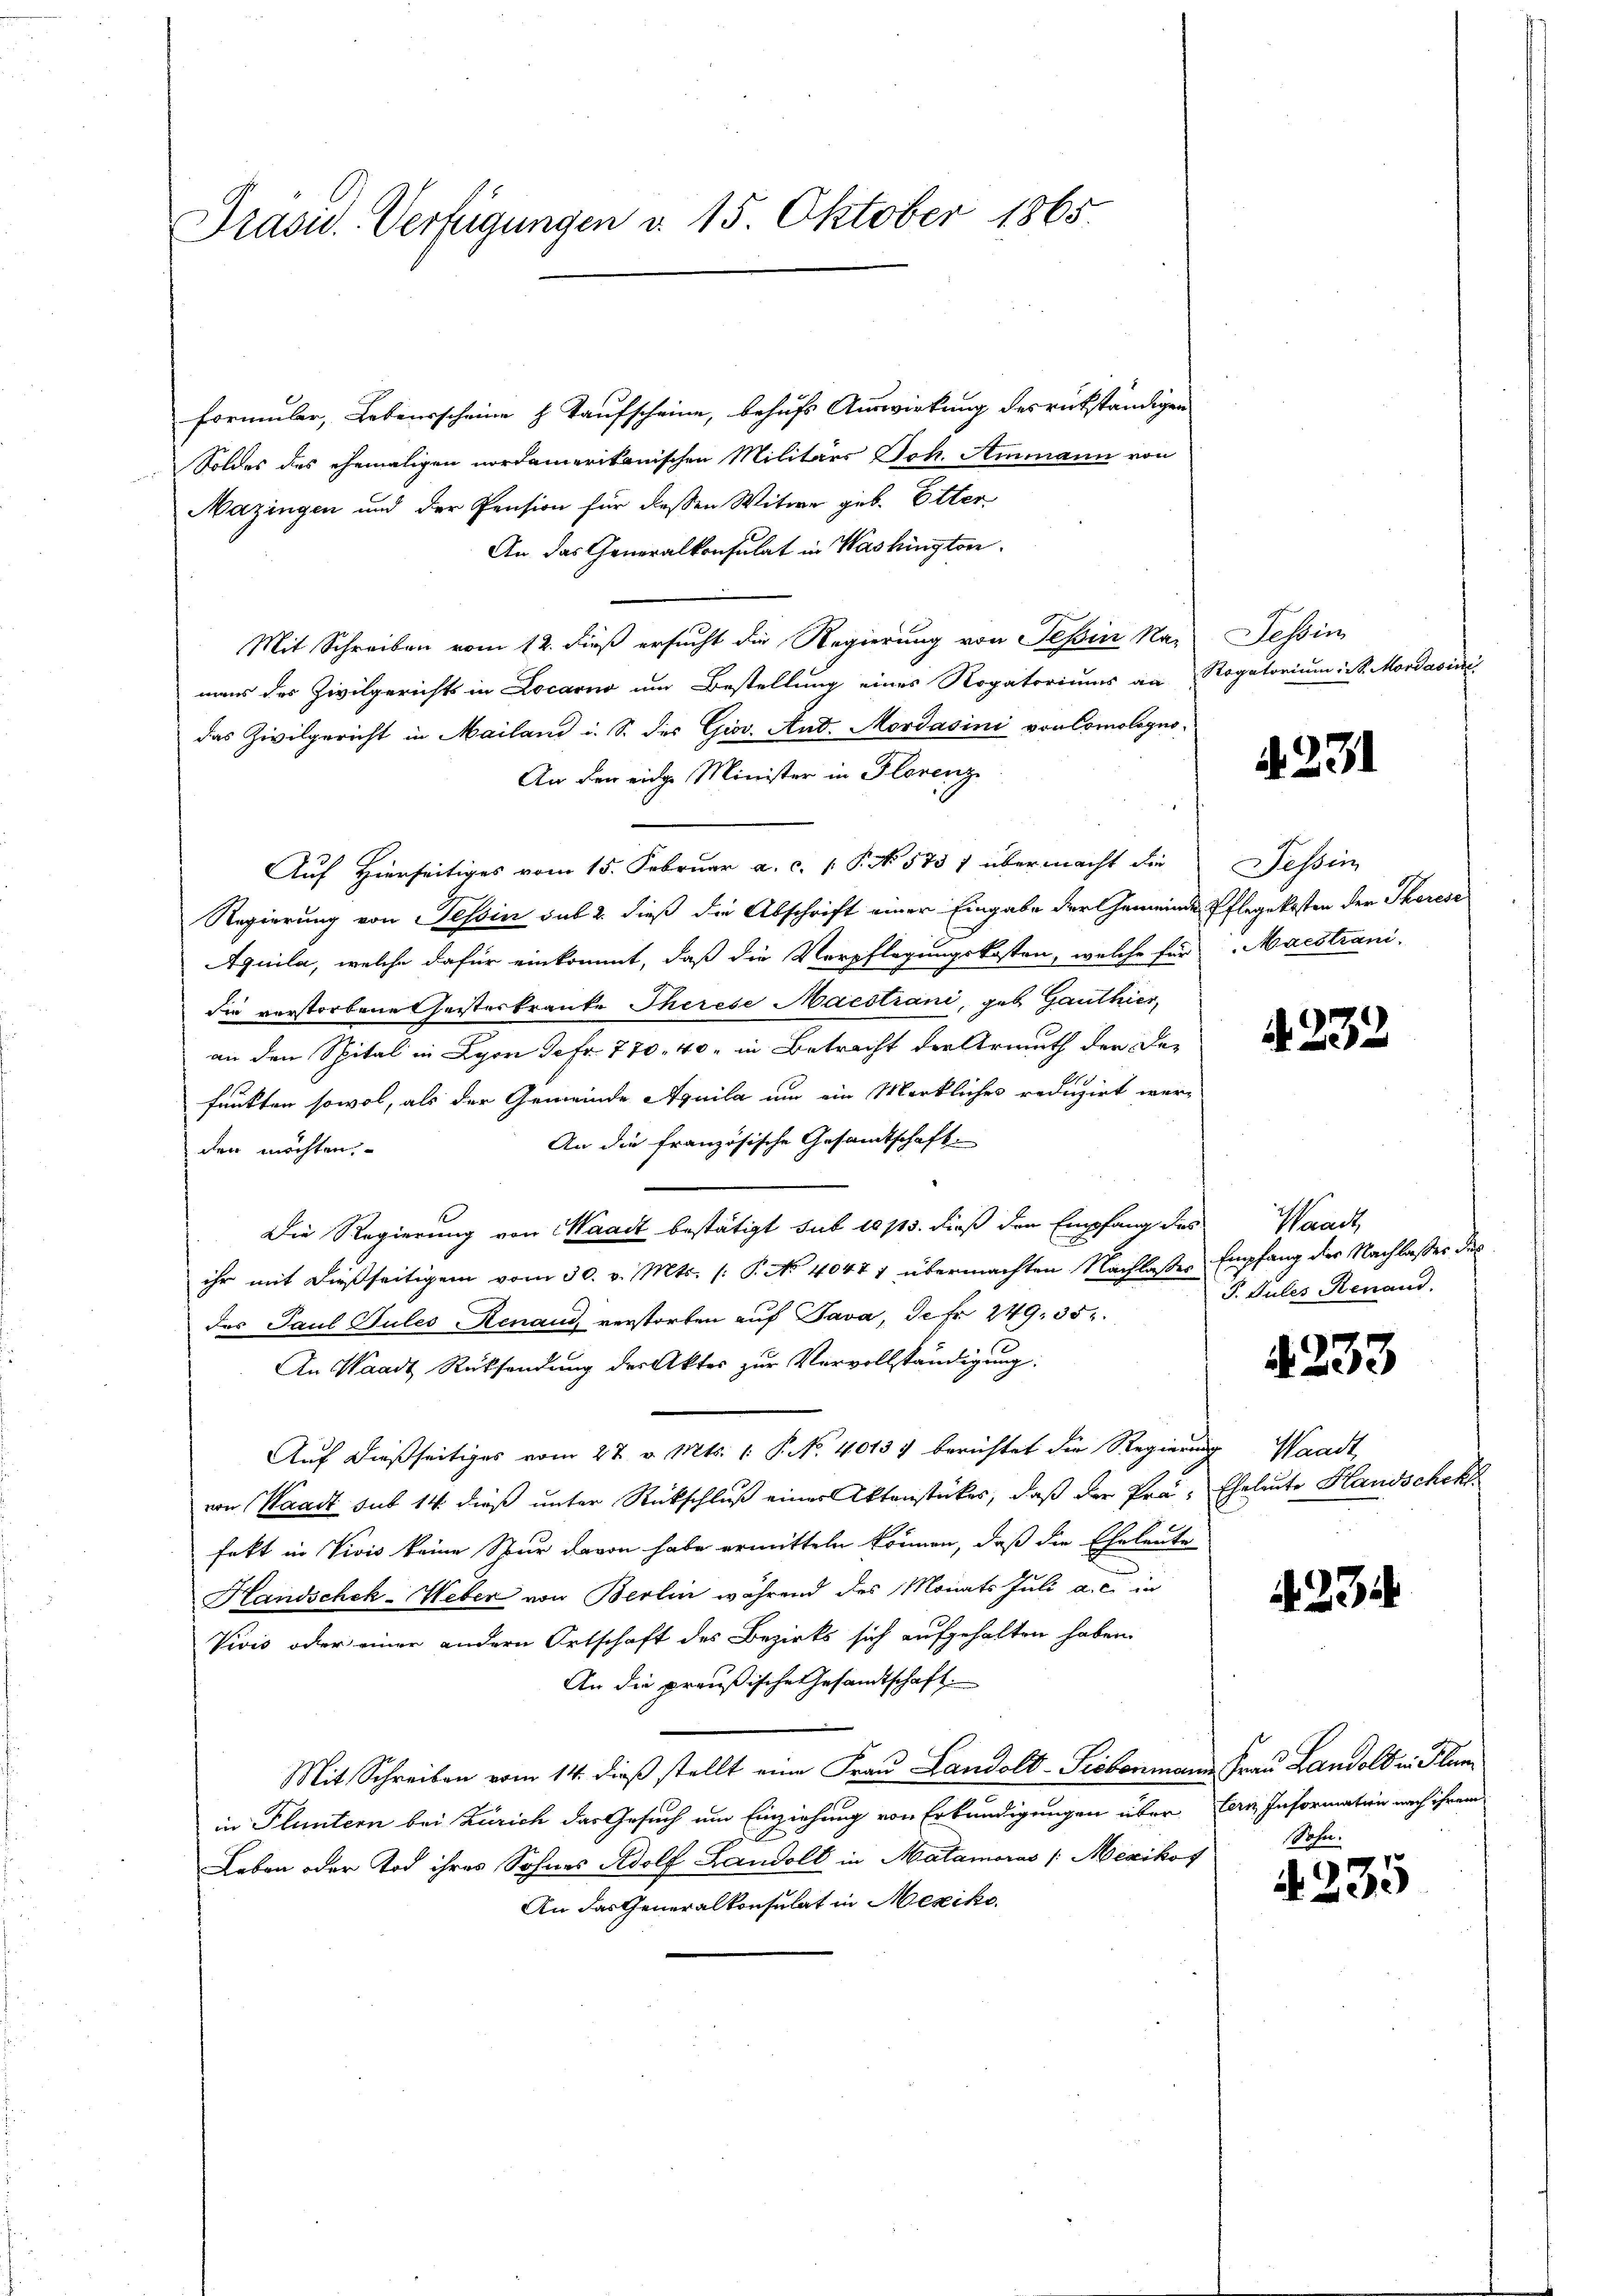
Präsid. Verfügungen d. 15. Oktober 1865.

Formuler, Lebensscheine h Taufscheine, behufs Auswirkung des rückständigen
Soldes des ehemaligen nordamerikanischen Militärs Joh. Ammann von
Mazingen und der Pension für deßen Witwe geb. Etter
An das Generalkonsulat in Washington.
Mit Schreiben vom 12. dieß ersucht die Regierung von Teßin Na-
mans des Zivilgerichts in Locarno um Bestellung eines Rogatoriums an Rogatorium in S. Mordavini
das Zivilgericht in Mailand i. S. des Gios. And. Mordasini von Comologno-
An den eine Minister in Florenz
Auf Hierseitiges vom 15. Februar a. c. P. N. 575 7 übermacht die
Regierung von Tessin sub 2. dieß die Abschrift einer Eingabe der Gemeinde Pflegekosten der Theresi
Aquila, welche dafür einkommt, daß die Verpflegungskosten, welche für
die verstorbene Gesterkranke Therese Maestiani, geb. Ganthier,
an den Spital in Lyon Sefr. 770, 40, in Betracht der Armuth den der
funkten sowol, als der Gemeinde Aquila um ein Merkliches reduzirt wer¬
An die französische Gesamtschaft.
den möchten.
Die Regierung von Waadt bestätigt sub 1813. dieß den Empfang des
ihr mit dießseitigem vom 30. v. Mts. (: P. No 4047 1 übermachten Nachlaßes Empfang der Nachlasses des
des Paul Pules Renaud, verstorben auf Java, de fr. 249, 352.
An Waadt Rücksendung der Aktes zur Vervollständigung:
Auf dießseitiges vom 27. v. Mts. 1. P. Nr. 4013) berichtet die Regierung Waadt
von Waadt sub 14 dieß unter Rückschluß einer Aktenstücker, daß der Prä- Eheleute Handschek
fekt in Vivis keine Spur davon habe ermitteln können, daß die Eheleute
Handschek-Weber von Berlin während des Monats Juli a. c. in
Vivis oder einer andern Ortschaft des Bezirks sich aufgehalten haben.
An die preußische Gesandtschaft.
Mit Schreiben vom 14. dieß stellt eine Frau Landolt-Fiebenmann Frau Landolt in Flunin Pluntern bei Zürich das Gesuch um Einziehung von Erkundigungen über
Leben oder Tod ihres Sohnes Adolf Landolt in Matamoras /: Mexikof
An das Generalkonsulat in Mexiko

Tessin

1231

Tessin
Maestiani.

A 232

Waadt
P. Jules Renand.

4233

234

tern Information nach ihrem
Sohn.

4235